Civil Veterinary Dept. Assam report 1927-50 - 1927-1950
Year: 1927
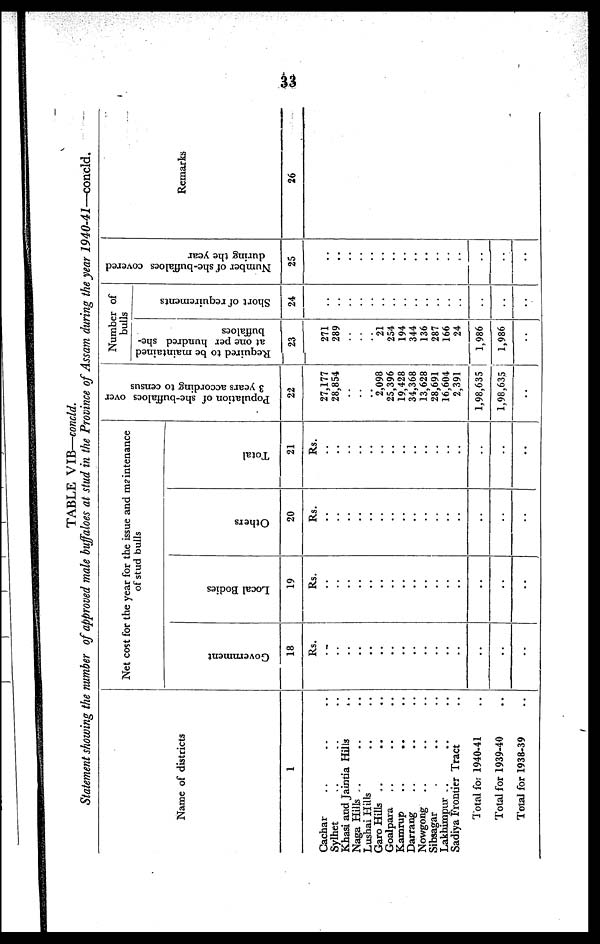
33
TABLE
VIB—concld.
Statement showing the number of approved male buffaloes at stud in the Province of Assam during the year
1940-41—concld.
Name of districts
1
Cachar .. .. ..
Sylhet .. .. ..
Khasi and Jaintia Hills
..
Naga Hills .. .. ..
Lushai Hills .. ..
Garo Hills .. .. ..
Goalpara .. .. ..
Kamrup .. .. ..
Darrang .. .. ..
Nowgong .. .. ..
Sibsagar . .. ..
Lakhimpur .. .. ..
Sadiya Frontier Tract ..
Total for 1940-41 ..
Total for 1939-40 ..
Total for 1938-39 ..
Net cost for the year for the issue and maintenance
of stud bulls
Government
18
Rs.
..
..
..
..
..
..
..
..
..
..
..
..
..
..
..
..
Local Bodies
19
Rs.
..
..
..
..
..
..
..
..
..
..
..
..
..
..
..
..
Others
20
Rs.
..
..
..
..
..
..
..
..
..
..
..
..
..
..
..
..
Total
21
Rs.
..
..
..
..
..
..
..
..
..
..
..
..
..
..
..
..
Population of she-buffaloes over
3 years according to census
22
27,177
28,854
..
..
..
2,098
25,396
19,428
34,368
13,628
28,691
16,604
2,391
1,98,635
1,98,635
..
Number of
bulls
Required to be maintained
at one per hundred she-
buffaloes
23
271
289
..
..
..
21
254
194
344
136
287
166
24
1,986
1,986
..
Short of requirements
24
..
..
..
..
..
..
..
..
..
..
..
..
..
..
..
..
Number of she-buffaloes covered
during the year
25
..
..
..
..
..
..
..
..
..
..
..
..
..
..
..
..
Remarks
26